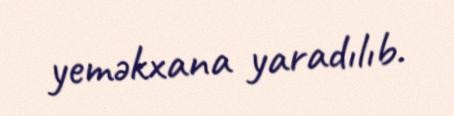
yeməkxana yaradılıb.